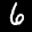
Label: 6